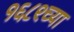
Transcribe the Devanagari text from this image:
१६८९च्या